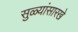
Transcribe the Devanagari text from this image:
सुळ्यांसारखे